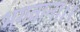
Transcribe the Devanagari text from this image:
भगवाना।।